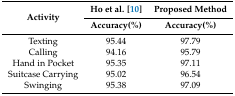
| <ROWSPAN=2> Activity | Ho et al. [10] | Proposed Method |
 | Accuracy(%) | Accuracy(%) |
 | --- | --- | --- |
 | Texting | 95.44 | 97.79 |
 | Calling | 94.16 | 95.79 |
 | Hand in Pocket | 95.35 | 97.11 |
 | Suitcase Carrying | 95.02 | 96.54 |
 | Swinging | 95.38 | 97.09 |